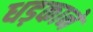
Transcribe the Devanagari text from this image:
धड़काने